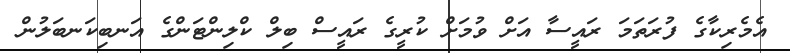
އެމެރިކާގެ ފުރަތަމަ ރައީސާ އަށް ވުމަށް ކުރީގެ ރައީސް ބިލް ކްލިންޓަންގެ އަނބިކަނބަލުން